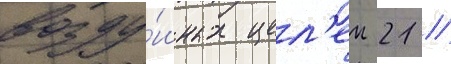
возду́шных цел'еи 21 /